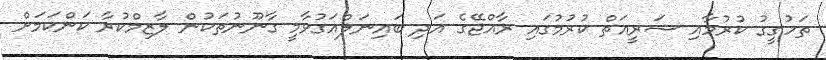
ތަހުގީގު ކުރުމާއި ޝަރީއަތް ކުރުމުގައި ރާއްޖޭގެ އަދި ބައިނަލްއަގުވާމީ ގާނޫނުތަކުން ލާޒިމްކުރާ ކަންކަމަށް